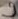
Text: 9